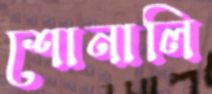
শোনালি